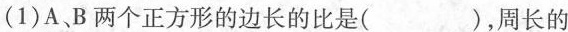
(1)A B两个正方形的边长的比是( )，周长的